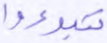
تبوءوا